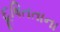
દૂષિતતાના